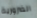
الضرورية